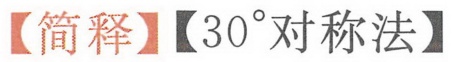
【简释】【\(30^{\circ}\)对称法】